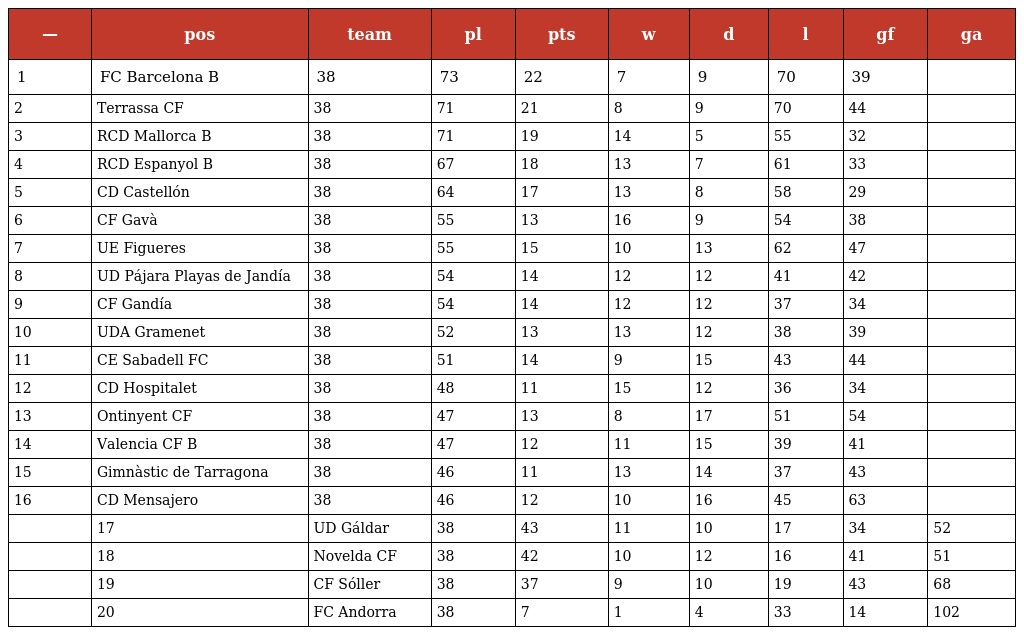
| — | pos | team | pl | pts | w | d | l | gf | ga |
 | --- | --- | --- | --- | --- | --- | --- | --- | --- | --- |
 | 1 | FC Barcelona B | 38 | 73 | 22 | 7 | 9 | 70 | 39 |  |
 | 2 | Terrassa CF | 38 | 71 | 21 | 8 | 9 | 70 | 44 |  |
 | 3 | RCD Mallorca B | 38 | 71 | 19 | 14 | 5 | 55 | 32 |  |
 | 4 | RCD Espanyol B | 38 | 67 | 18 | 13 | 7 | 61 | 33 |  |
 | 5 | CD Castellón | 38 | 64 | 17 | 13 | 8 | 58 | 29 |  |
 | 6 | CF Gavà | 38 | 55 | 13 | 16 | 9 | 54 | 38 |  |
 | 7 | UE Figueres | 38 | 55 | 15 | 10 | 13 | 62 | 47 |  |
 | 8 | UD Pájara Playas de Jandía | 38 | 54 | 14 | 12 | 12 | 41 | 42 |  |
 | 9 | CF Gandía | 38 | 54 | 14 | 12 | 12 | 37 | 34 |  |
 | 10 | UDA Gramenet | 38 | 52 | 13 | 13 | 12 | 38 | 39 |  |
 | 11 | CE Sabadell FC | 38 | 51 | 14 | 9 | 15 | 43 | 44 |  |
 | 12 | CD Hospitalet | 38 | 48 | 11 | 15 | 12 | 36 | 34 |  |
 | 13 | Ontinyent CF | 38 | 47 | 13 | 8 | 17 | 51 | 54 |  |
 | 14 | Valencia CF B | 38 | 47 | 12 | 11 | 15 | 39 | 41 |  |
 | 15 | Gimnàstic de Tarragona | 38 | 46 | 11 | 13 | 14 | 37 | 43 |  |
 | 16 | CD Mensajero | 38 | 46 | 12 | 10 | 16 | 45 | 63 |  |
 |  | 17 | UD Gáldar | 38 | 43 | 11 | 10 | 17 | 34 | 52 |
 |  | 18 | Novelda CF | 38 | 42 | 10 | 12 | 16 | 41 | 51 |
 |  | 19 | CF Sóller | 38 | 37 | 9 | 10 | 19 | 43 | 68 |
 |  | 20 | FC Andorra | 38 | 7 | 1 | 4 | 33 | 14 | 102 |